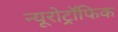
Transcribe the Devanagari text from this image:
न्यूरोट्रॉफिक